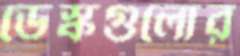
ডেস্কগুলোর